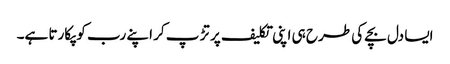
ایسا دل بچے کی طرح ہی اپنی تکلیف پر تڑ پ کر اپنے رب کو پکارتا ہے۔